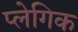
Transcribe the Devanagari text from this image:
प्लेगिक